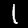
Label: 1